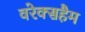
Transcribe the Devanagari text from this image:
वरेक्सहैम